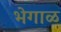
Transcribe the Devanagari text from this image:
भेगाळ